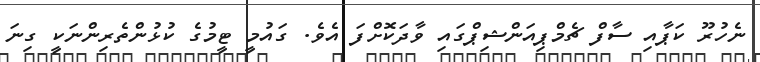
ނެހުރޫ ކަޕާއި ސާފް ޗެމްޕިއަންޝިޕްގައި ވާދަކޮށްފަ އެވެ. ގައުމީ ޓީމުގެ ކުޅުންތެރިންނަކީ ގިނަ